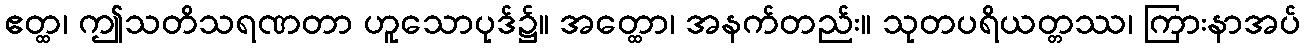
ဧတ္ထ၊ ဤသတိသရဏတာ ဟူသောပုဒ်၌။ အတ္ထော၊ အနက်တည်း။ သုတပရိယတ္တဿ၊ ကြားနာအပ်